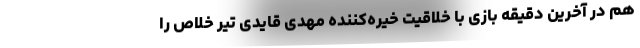
هم در آخرین دقیقه بازی با خلاقیت خیره‌کننده مهدی قایدی تیر خلاص را